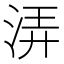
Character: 㳥